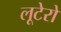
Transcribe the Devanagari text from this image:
लूटेरो